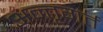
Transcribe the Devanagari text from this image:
अन्तृगर्त